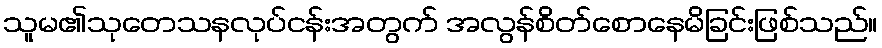
သူမ၏သုတေသနလုပ်ငန်းအတွက် အလွန်စိတ်စောနေမိခြင်းဖြစ်သည်။